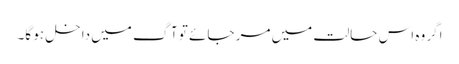
اگر وہ اس حالت میں مر جائے تو آگ میں داخل ہو گا۔